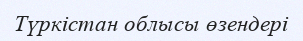
Түркістан облысы өзендері